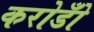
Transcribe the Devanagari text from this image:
करोडोँ